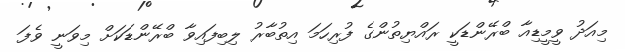
މިއަދު ވީމީޑިއާާ ބްރޭންޑަކީ ރައްޔިތުންގެ ފުރިހަމަ އިތުބާރު ލިބިފައިވާ ބްރޭންޑަކަށް މިވަނީ ވެފަ